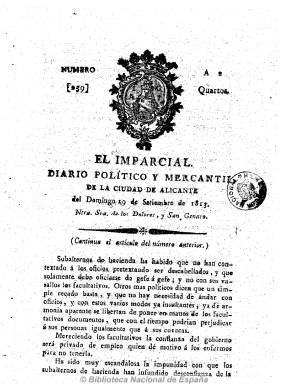
Título: El Imparcial (Alicante)
Colección: Periódicos anteriores a 1850
Ámbito geográfico: Alicante
Lugar de publicación: Alicante
Fechas: 19/09/1813-21/09/1813

Subtitulado “diario político y mercantil de la ciudad de Alicante”, comenzó a publicarse el 15 de agosto de 1811. De carácter más noticioso que político, y de tendencia claramente liberal y constitucionalista, en su cabecera se estampa el escudo de la ciudad, y tras el santoral, inserta artículos políticos y comunicados, noticias de los acontecimientos bélicos de España y Europa extractadas de otros periódicos y papeles, decretos de las Cortes, proclamas y alguna poesía, incluyendo también comentarios a las noticias. Asimismo, contaba con una sección de “Noticias particulares de Alicante” y otra de “Avisos”, también de carácter local. En sus páginas se libraron algunas polémicas de carácter doctrinal y su redactor Manuel Soriano quizá fue también su director.

Es impreso en la Oficina de Nicolás Carratalá e Hijos, en números de cuatro páginas y sin foliación. Cada año debió iniciar numeración nueva. Según Checa Godoy, pudo estar publicándose hasta el 15 de mayo de 1814, y Vicente Ramos señaló que llegó a ver un ejemplar del 6 de junio de 1814, pero con carácter ya absolutista.